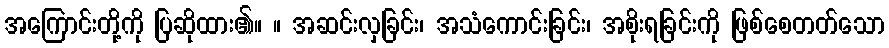
အကြောင်းတို့ကို ပြဆိုထား၏။ ။ အဆင်းလှခြင်း၊ အသံကောင်းခြင်း၊ အစိုးရခြင်းကို ဖြစ်စေတတ်သော